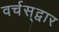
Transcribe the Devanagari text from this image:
वर्चस्‌द्वार